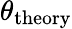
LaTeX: \theta_{\textrm{theory}}